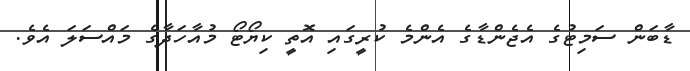
ޑާބަން ސަމިޓުގެ އެޖެންޑާގެ އެންމެ ކުރީގައި އޮތީ ކިޔޯޓޯ މުއާހަދާގެ މައްސަލަ އެވެ.